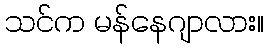
သင်က မန်နေဂျာလား။